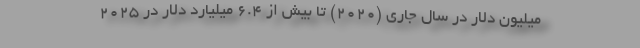
میلیون دلار در سال جاری (2020) تا بیش از 6.4 میلیارد دلار در 2025